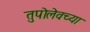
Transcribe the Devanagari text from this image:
तुपोलेवच्या